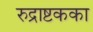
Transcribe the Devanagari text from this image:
रुद्राष्टकका